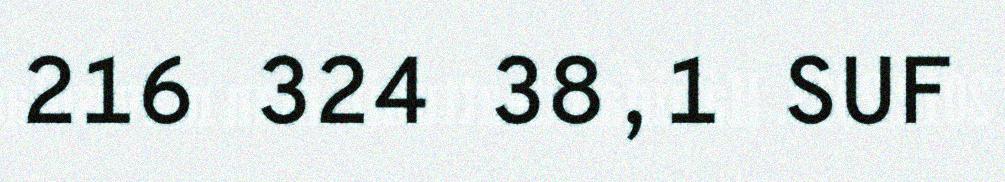
216 324 38,1 SUF